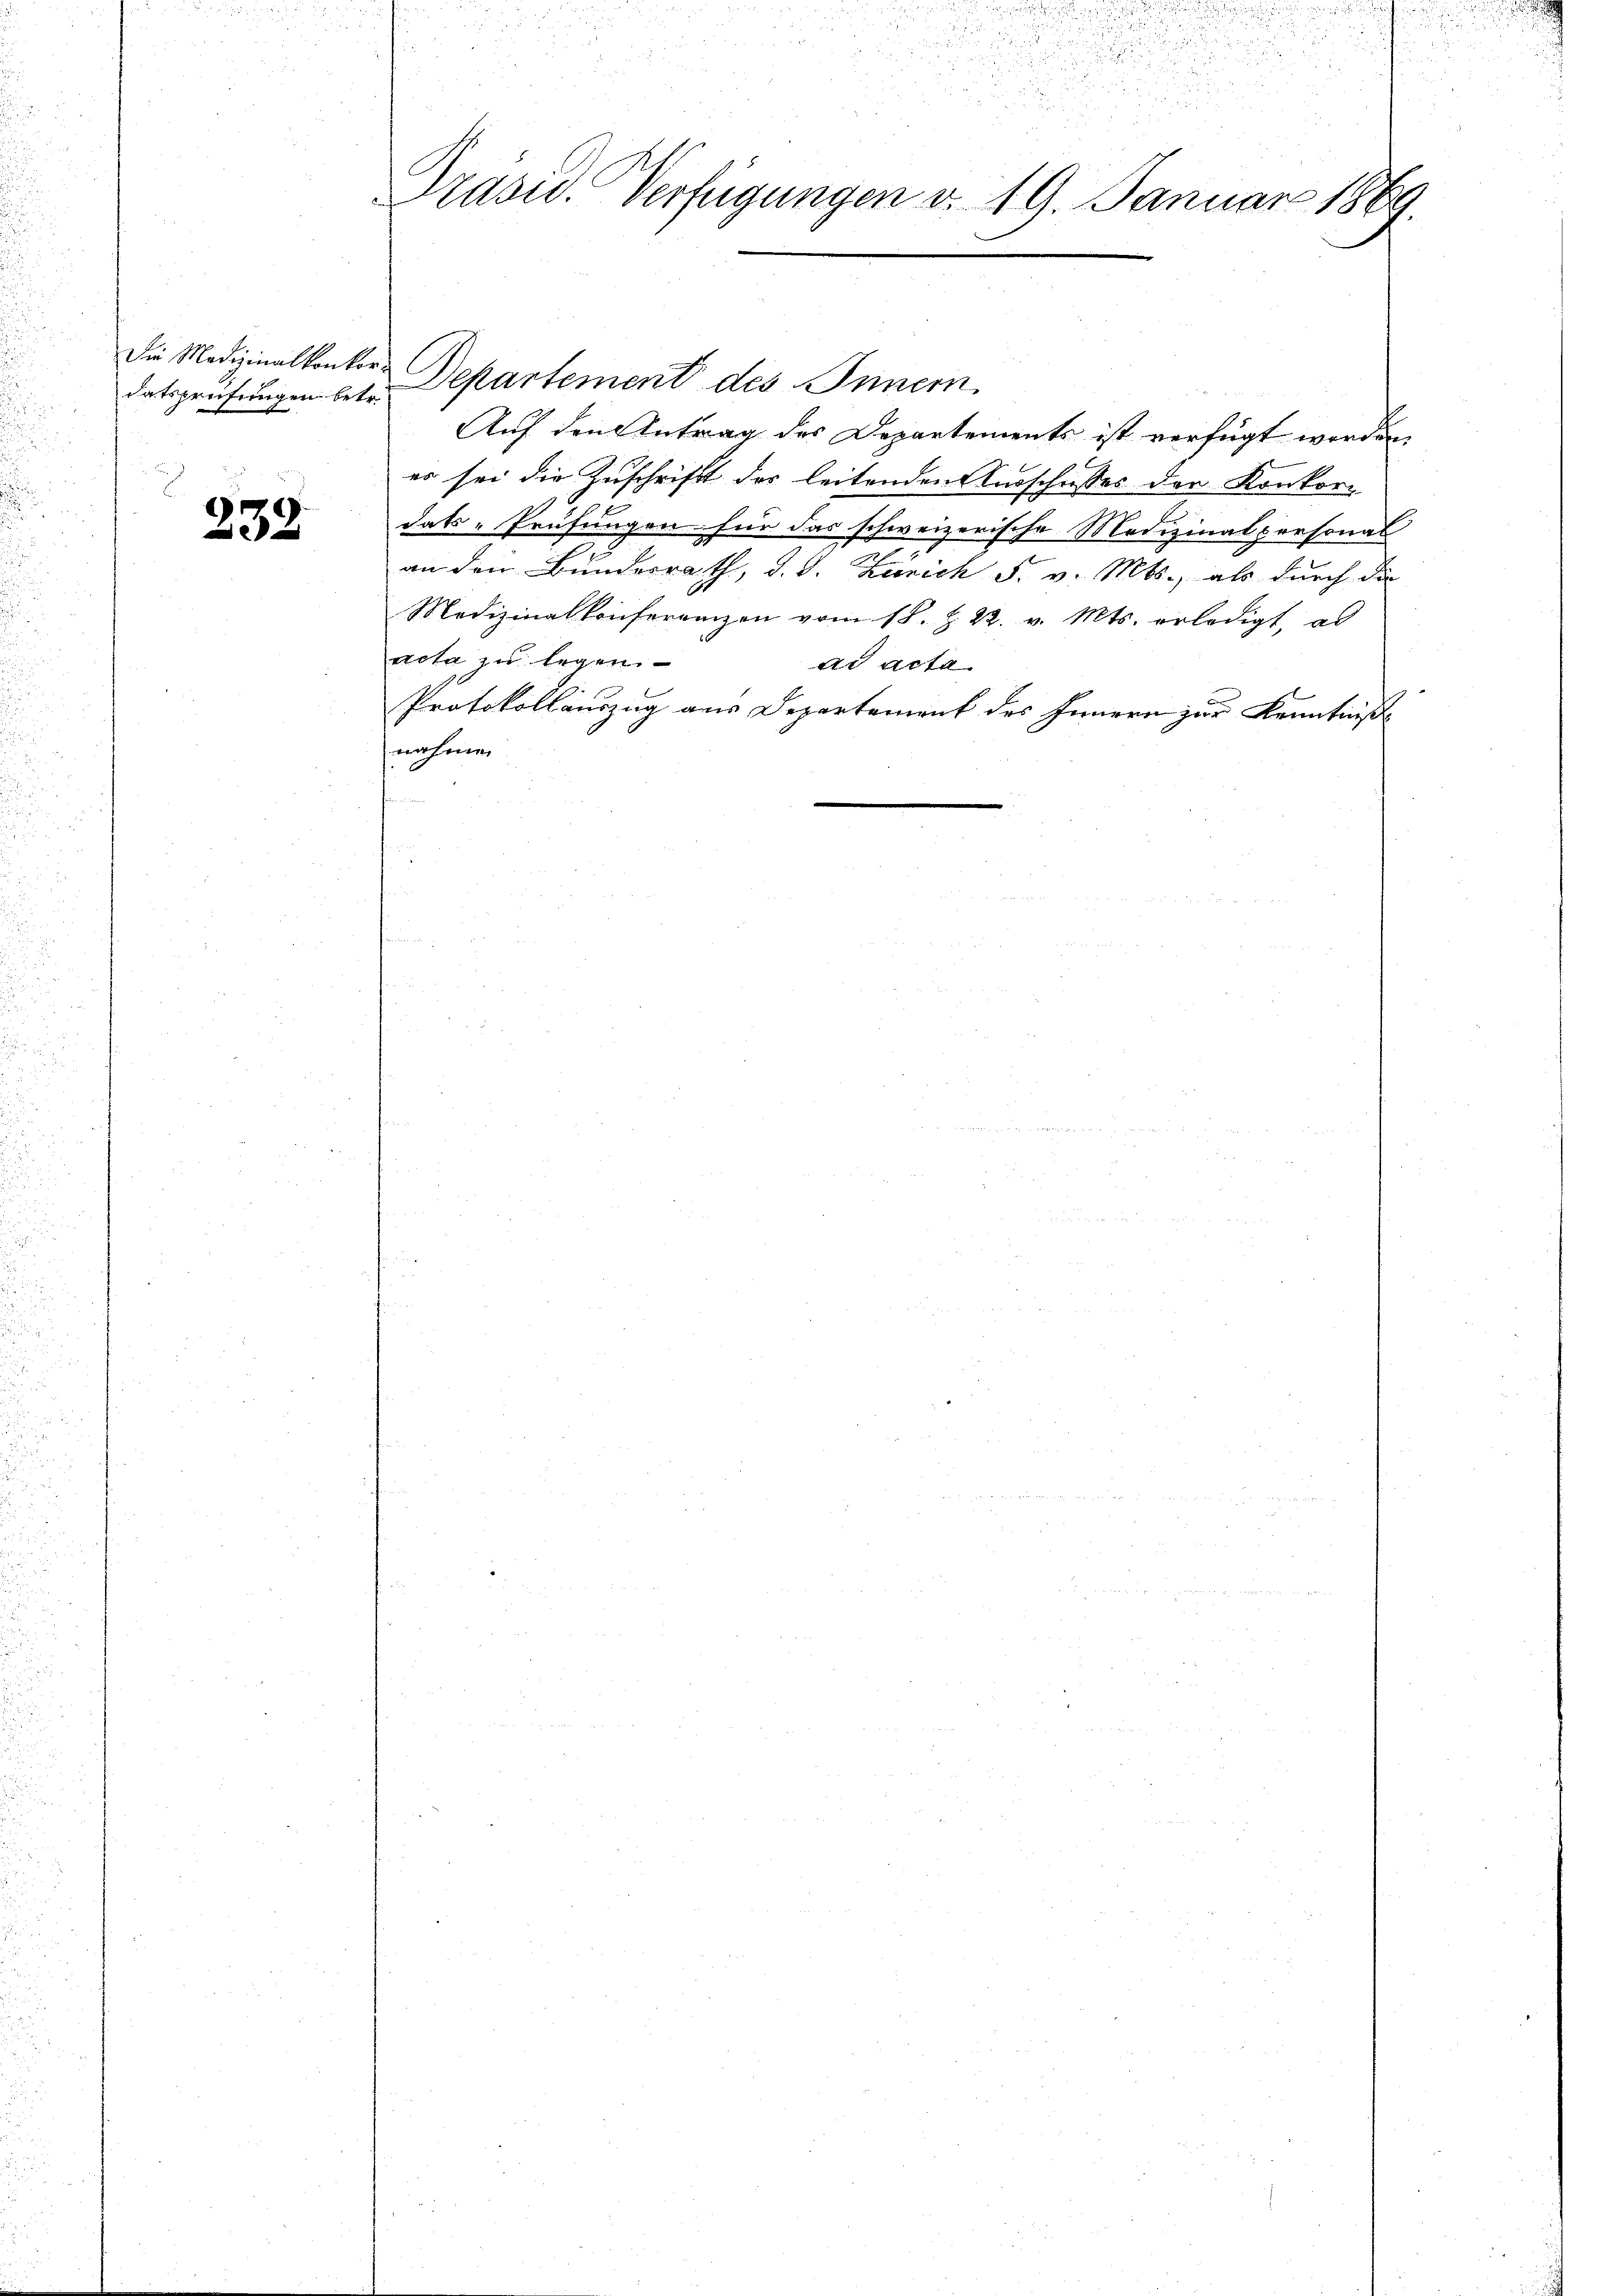
datsprüfungen betr.

232.

u
.

Präsid. Verfügungen d. 19. Januar 1869.

Die Medizinalkonter-Departement des Innern
Auf den Antrag des Departements ist verfügt werden,
es sei die Zuschrift der leitenden Ausschusses der Konkordats-Prüfungen für das schweizerische Medizinalpersonal
an den Bundesrath, d. J. Zürich F. v. Mts., als durch die
Medizinalkonferenzen vom 18. Z. 22. v. Mts. erledigt, al
acta zu legen.
ad acta
Protokollauszug aus Departement des Innern zur Kenntniße
nahmen